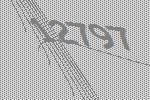
12797